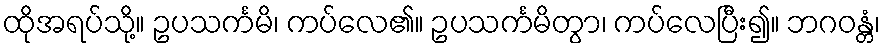
ထိုအရပ်သို့။ ဥပသင်္ကမိ၊ ကပ်လေ၏။ ဥပသင်္ကမိတွာ၊ ကပ်လေပြီး၍။ ဘဂဝန္တံ၊